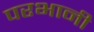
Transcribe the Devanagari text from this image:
परभानी